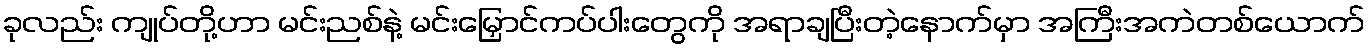
ခုလည်း ကျုပ်တို့ဟာ မင်းညစ်နဲ့ မင်းမြှောင်ကပ်ပါးတွေကို အရာချပြီးတဲ့နောက်မှာ အကြီးအကဲတစ်ယောက်